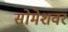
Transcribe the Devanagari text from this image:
सोमेशवर